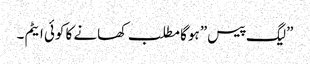
”لیگ پیس” ہوگا مطلب کھانے کا کوئی ایٹم ۔